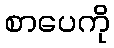
စာပေကို